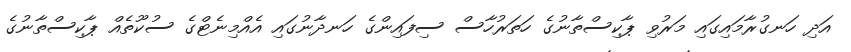
އަދި ހަނގުރާމައިގައި މަރުވި ޕާކިސްތާނުގެ ހަތަރުހާސް ސިފައިންގެ ހަނދާނުގައި އެއްމިނެޓްގެ ސުކޫތެއް ޕާކިސްތާނުގެ